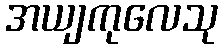
အယျကုလေသု